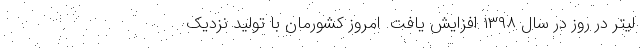
لیتر در روز در سال ۱۳۹۸ افزایش یافت. امروز کشورمان با تولید نزدیک